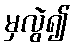
မှလွဲ၍